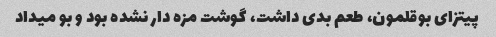
پیتزای بوقلمون، طعم بدی داشت، گوشت مزه دار نشده بود و بو میداد